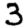
Digit: 3